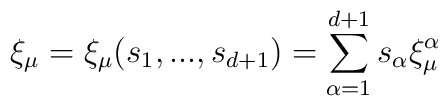
\xi _{\mu }=\xi _{\mu }(s_{1},...,s_{d+1})=\sum_{\alpha =1}^{d+1}s_{\alpha}\xi _{\mu }^{\alpha }